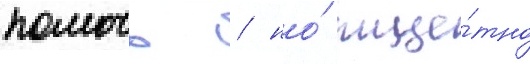
помочь / но́ тще́тно